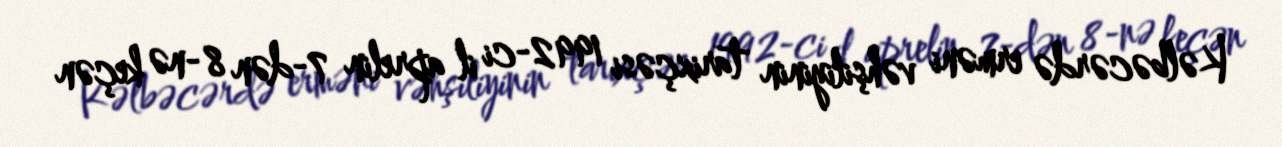
Kəlbəcərdə erməni vəhşiliyinin tarixçəsi 1992-ci il aprelin 7-dən 8-nə keçən